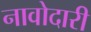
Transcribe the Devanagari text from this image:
नावोदारी